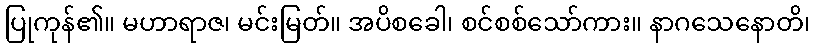
ပြုကုန်၏။ မဟာရာဇ၊ မင်းမြတ်။ အပိစခေါ၊ စင်စစ်သော်ကား။ နာဂသေနောတိ၊